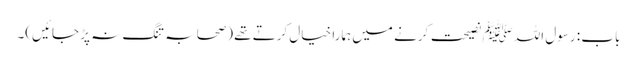
باب : رسول اللہﷺ نصیحت کرنے میں ہمارا خیال کرتے تھے (صحابہ تنگ نہ پڑ جائیں)۔